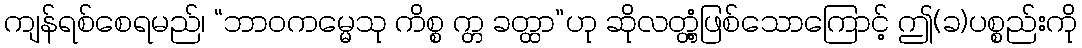
ကျန်ရစ်စေရမည်၊ “ဘာဝကမ္မေသု ကိစ္စ က္တ ခတ္ထာ”ဟု ဆိုလတ္တံ့ဖြစ်သောကြောင့် ဤ(ခ)ပစ္စည်းကို